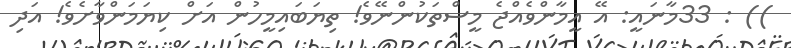
)) : 33މާނައީ: އޭ އީމާންވެއްޖެ މީސްތަކުންނޭވެ! ތިޔަބައިމީހުން އަށް ކިޔަމަންވާށެވެ! އަދި